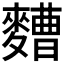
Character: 𮮁